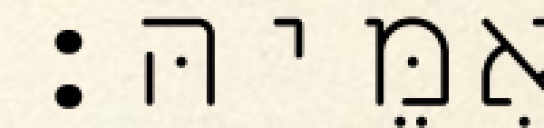
אִמֵּיהּ׃